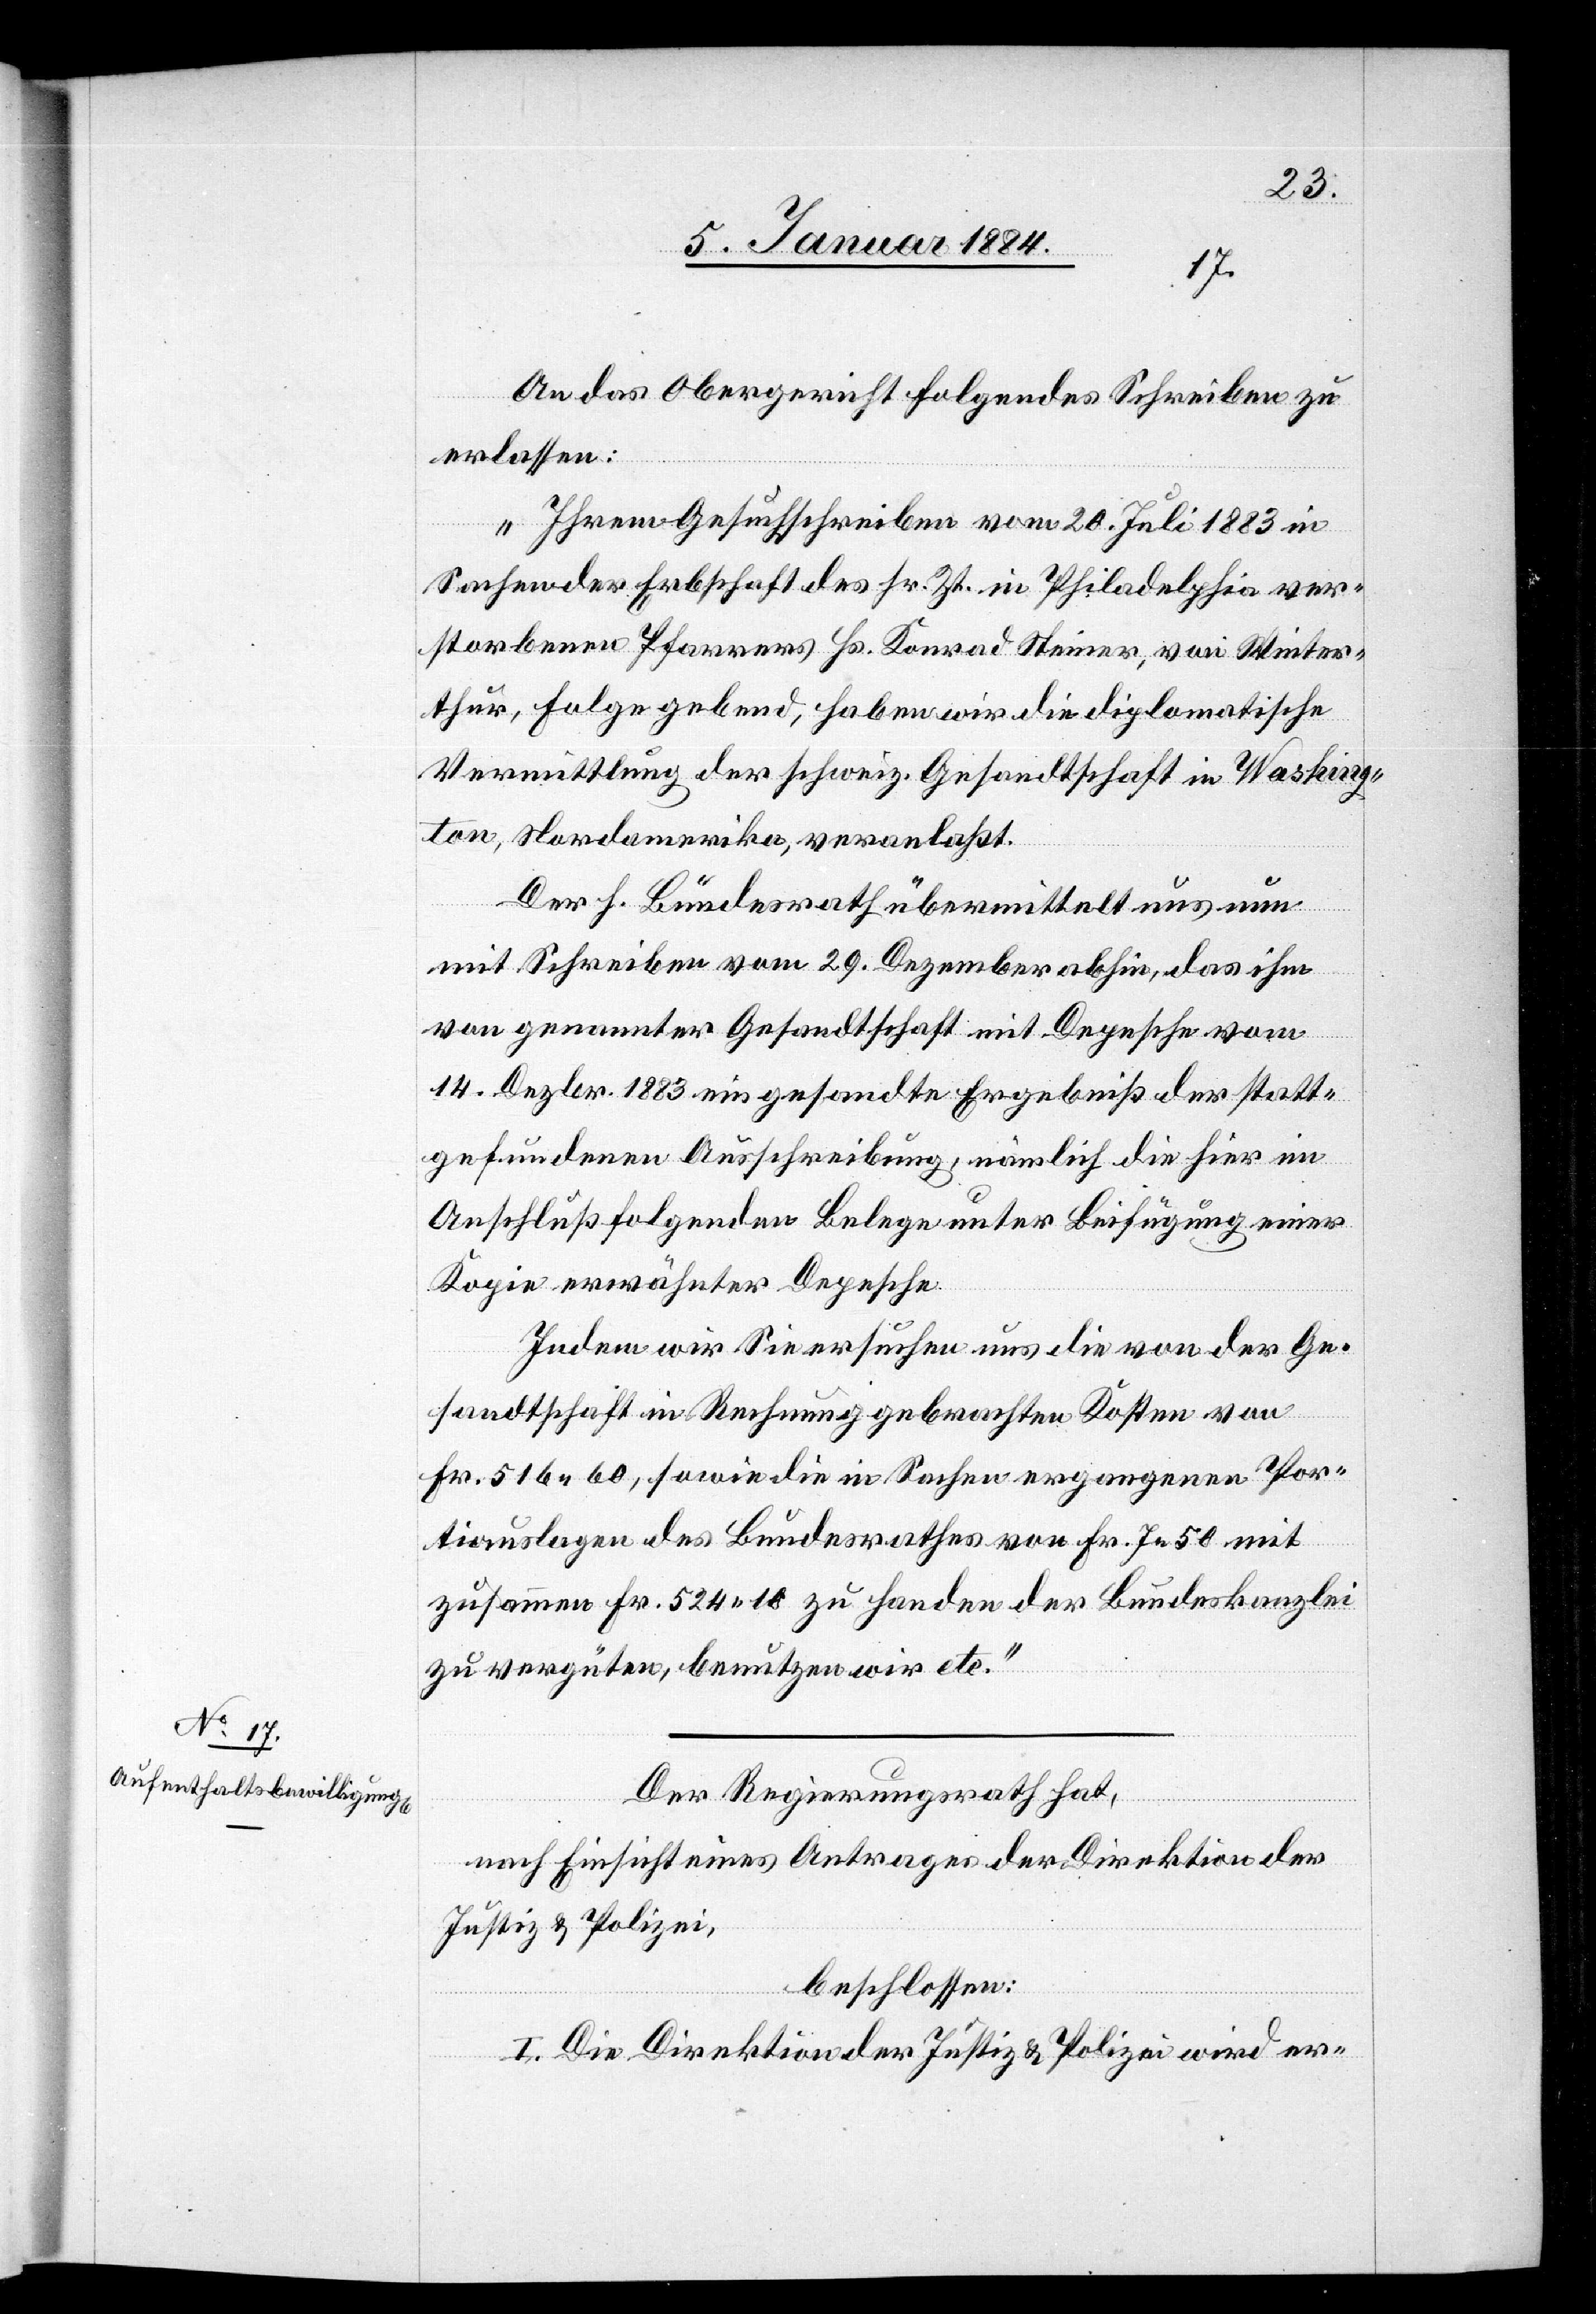
An das Obergericht folgendes Schreiben zu
erlassen:
„Ihrem Gesuchsschreiben vom 20. Juli 1883 in
Sachen der Erbschaft des sr. Zt. in Philadelphia ver¬
storbenen Pfarrers Hs. Konrad Steiner, von Winter¬
thur, Folge gebend, haben wir die diplomatische
Vermittlung der schweiz. Gesandtschaft in Washing¬
ton, Nordamerika, veranlaßt.
Der h. Bundesrath übermittelt uns nun
mit Schreiben vom 29. Dezember abhin, das ihm
von genannter Gesandtschaft mit Depesche vom
14. Dezbr. 1883 eingesandte Ergebniß der statt¬
gefundenen Ausschreibung, nämlich die hier in
Anschluß folgenden Belege unter Beifügung einer
Kopie erwähnter Depesche.
Indem wir Sie ersuchen uns die von der Ge¬
sandtschaft in Rechnung gebrachten Kosten von
Fr. 516 60, sowie die in Sachen ergangenen Por¬
tiauslagen des Bundesrathes von Fr. 7 50 mit
zusammen Fr. 524 10 zu Handen der Bundeskanzlei
zu vergüten, benutzen wir etc.“
Der Regierungsrath hat,
nach Einsicht eines Antrages der Direktion der
Justiz & Polizei,
beschlossen:
I. Die Direktion der Justiz & Polizei wird er-